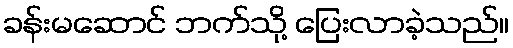
ခန်းမဆောင် ဘက်သို့ ပြေးလာခဲ့သည်။